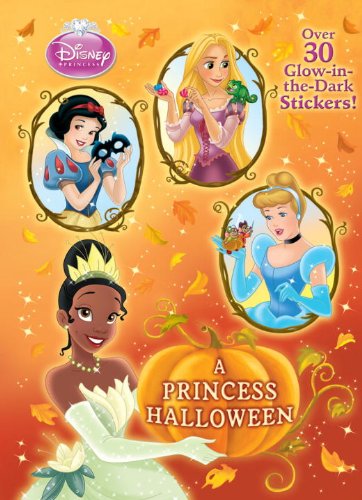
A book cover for A Princess Halloween (Disney Princess) (Glow-in-the-Dark Sticker Book); Andrea Posner-Sanchez; Children's Books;